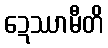
ဍေဿာမီတိ